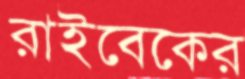
রাইবেকের